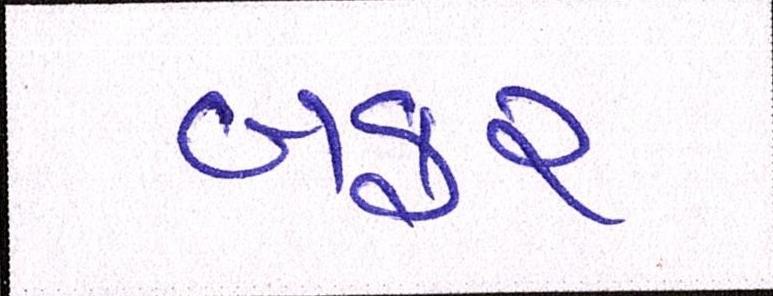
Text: બફર